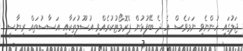
ޖަލުގައި ހުންނެވި ނަމަވެސް އެ ދެ ބޭފުޅުން ޕްރޮމޯޓުކުރެއްވި އުސޫލުތަކާއި އަސާސުތައް ރިޔާސީ